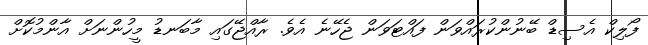
ފޯލިކް އެސިޑް ބޭނުންކުރައްވަން ފައްޓަވަން ޖެހޭނެ އެވެ. ރާއްޖޭގައި މާބަނޑު މީހުންނަށް އާންމުކޮށް